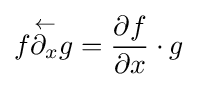
f{\stackrel {\leftarrow }{\partial _{x}}}g={\frac {\partial f}{\partial x}}\cdot g